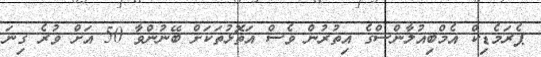
ޕެރަމެޑިކް އެމްބިއުލާންސްގެ އިތުރުން ވެސް އަތޮޅުތަކަށް ބޭނުންވާ 50 އަށް ވުރެ ގިނަ